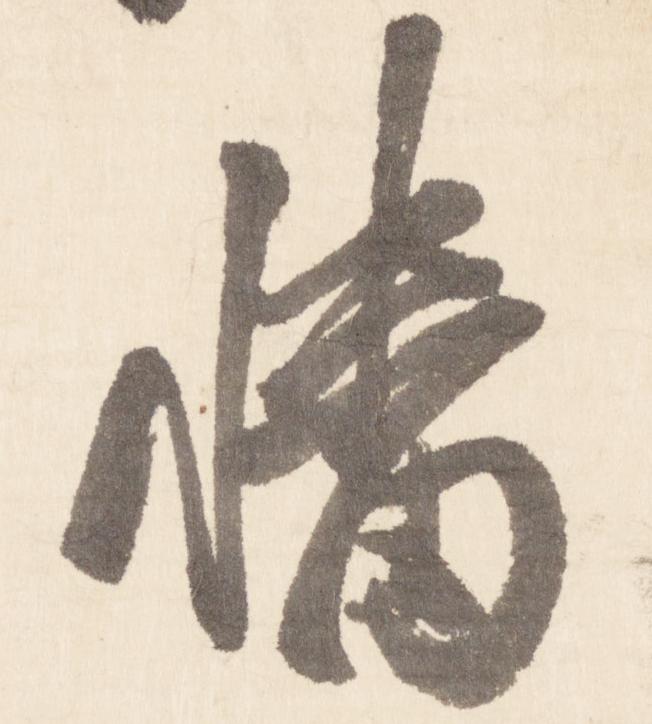
幡